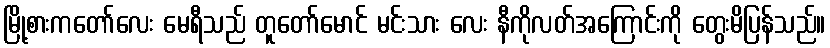
မြို့စားကတော်လေး မေရီသည် တူတော်မောင် မင်းသား လေး နီကိုလတ်အကြောင်းကို တွေးမိပြန်သည်။